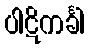
ပါဋိကင်္ခါ